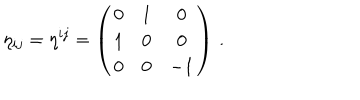
LaTeX: \eta _ { i j } = \eta ^ { i j } = \left( \begin{matrix} { { 0 } } & { { 1 } } & { { 0 } } \\ { { 1 } } & { { 0 } } & { { 0 } } \\ { { 0 } } & { { 0 } } & { { - 1 } } \\ \end{matrix} \right) \, .